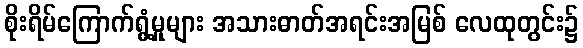
စိုးရိမ်ကြောက်ရွံ့မှုများ အသားဓာတ်အရင်းအမြစ် လေထုတွင်း၌